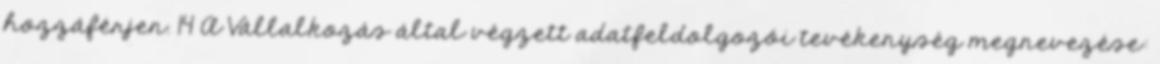
hozzáférjen. 14 A Vállalkozás által végzett adatfeldolgozói tevékenység megnevezése: